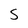
Character: S